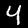
Digit: 4